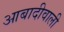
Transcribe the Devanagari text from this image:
आबादीवाली